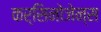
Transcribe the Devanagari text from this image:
कर्सिनोजेन्स